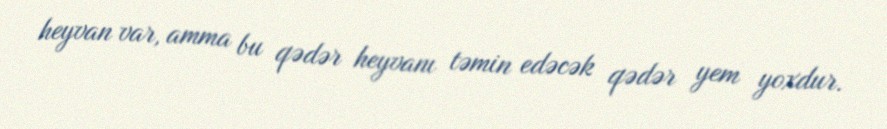
heyvan var, amma bu qədər heyvanı təmin edəcək qədər yem yoxdur.